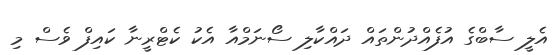
އެލީ ސާބްގެ އުފެއްދުންތައް ދައްކާލި ސޯނަމްއާ އެކު ކެޓްރީނާ ކައިފް ވެސް މި